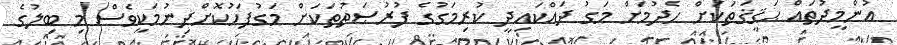
އުންމީދުތައް ޙަޤީޤަތަކަށް ހެދުމަށް މަގު ދައްކައިދީ ކުރިމަގުގެ ފުރުޞަތުތަކަށް މަގުފަހުކޮށްދިނުމަކީވެސް މި ބިލުގެ